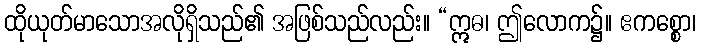
ထိုယုတ်မာသောအလိုရှိသည်၏ အဖြစ်သည်လည်း။ “ဣဓ၊ ဤလောက၌။ ဧကစ္စော၊